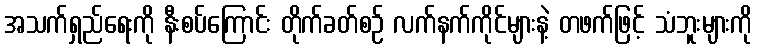
အသက်ရှည်ရေးကို နီးစပ်ကြောင်း တိုက်ခတ်စဉ် လက်နက်ကိုင်များနဲ့ တဖက်ဖြင့် သံဘူးများကို